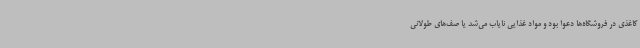
کاغذی در فروشگاه‌ها دعوا بود و مواد غذایی نایاب می‌شد یا صف‌های طولانی